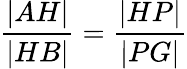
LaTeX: {\frac{|AH|}{|HB|}}={\frac{|HP|}{|PG|}}